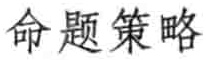
命题策略